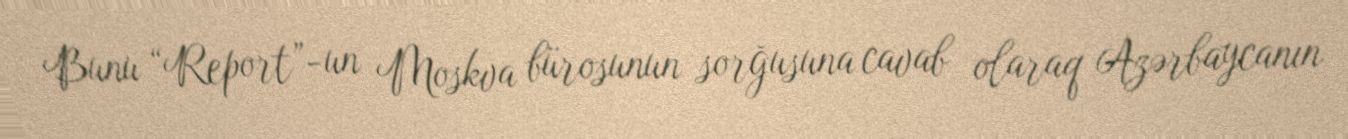
Bunu “Report”-un Moskva bürosunun sorğusuna cavab olaraq Azərbaycanın